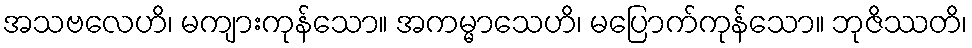
အသဗလေဟိ၊ မကျားကုန်သော။ အကမ္မာသေဟိ၊ မပြောက်ကုန်သော။ ဘုဇိဿတိ၊